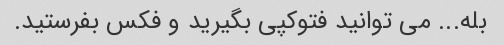
بله... می توانید فتوکپی بگیرید و فکس بفرستید.